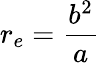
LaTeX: r_{e}={\frac{b^{2}}{a}}